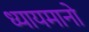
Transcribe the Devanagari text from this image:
ध्यायमानो